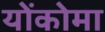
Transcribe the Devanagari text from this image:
योंकोमा